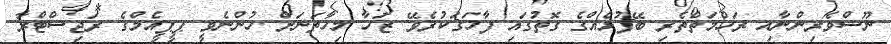
ނޫސްވެރިންނާއި ރަހްމަތްތެރި ބޭފުޅެއްގެ ގޮތުގައި ފާހަގަކުރެވޭ ޒަހާ މިހާތަނަށް ހުންނެވީ ޕީޕީއެމްގެ ރަޖިސްޓްރާ